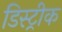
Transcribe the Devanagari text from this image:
डिस्ट्रीक